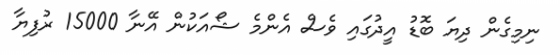
ނިމިގެން ދިޔަ ބޮޑު އީދުގައި ވެސް އެންމެ ޝޯއަކުން އޭނާ 15000 ރުފިޔާ